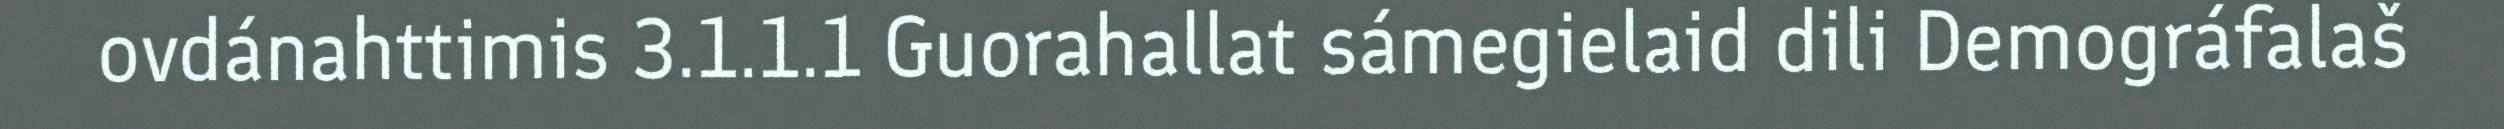
ovdánahttimis 3.1.1.1 Guorahallat sámegielaid dili Demográfalaš